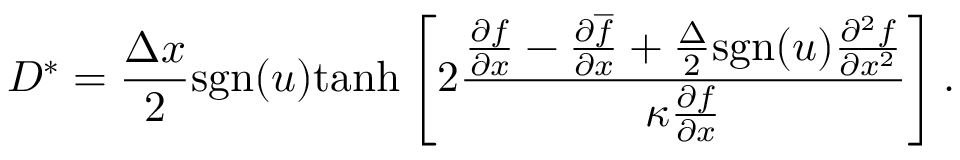
D ^ { \ast } = \frac { \Delta x } { 2 } \mathrm { s g n } ( u ) \mathrm { t a n h } \left[ 2 \frac { \frac { \partial f } { \partial x } - \frac { \partial \overline { { f } } } { \partial x } + \frac { \Delta } { 2 } \mathrm { s g n } ( u ) \frac { \partial ^ { 2 } f } { \partial x ^ { 2 } } } { \kappa \frac { \partial { f } } { \partial x } } \right] .